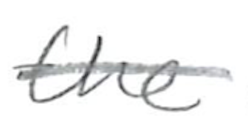
Text: the
Cross-out: single-line
Writing tool: pencil